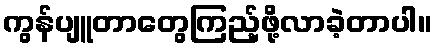
ကွန်ပျူတာတွေကြည့်ဖို့လာခဲ့တာပါ။